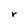
Character: r